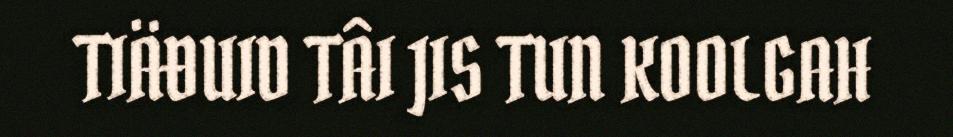
TIÄĐUID TÂI JIS TUN KOOLGAH